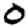
Digit: 0